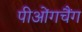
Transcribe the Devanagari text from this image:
पीओंगचैंग